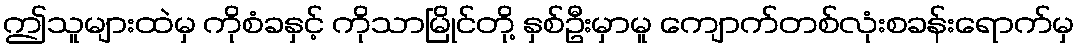
ဤသူများထဲမှ ကိုစံခနှင့် ကိုသာမြိုင်တို့ နှစ်ဦးမှာမူ ကျောက်တစ်လုံးစခန်းရောက်မှ